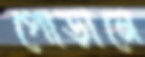
গোড়ানে